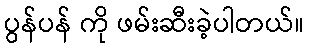
ပွန်ပန် ကို ဖမ်းဆီးခဲ့ပါတယ်။